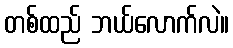
တစ်ထည် ဘယ်လောက်လဲ။